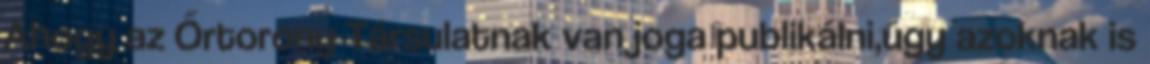
Ahogy az Őrtorony Társulatnak van joga publikálni,úgy azoknak is